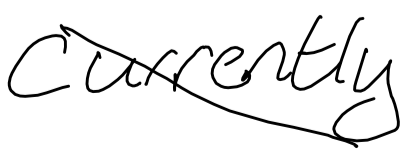
Text: currently
Cross-out: diagonal
Writing tool: digital_black